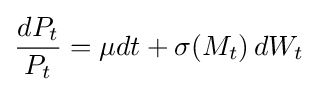
{\frac {dP_{t}}{P_{t}}}=\mu dt+\sigma (M_{t})\,dW_{t}